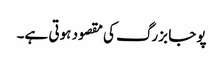
پوجا بزرگ کی مقصود ہوتی ہے۔